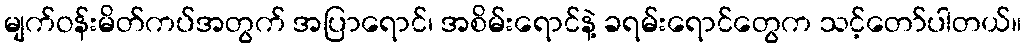
မျက်ဝန်းမိတ်ကပ်အတွက် အပြာရောင်၊ အစိမ်းရောင်နဲ့ ခရမ်းရောင်တွေက သင့်တော်ပါတယ်။